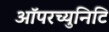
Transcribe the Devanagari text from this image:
ऑपरच्युनिटि